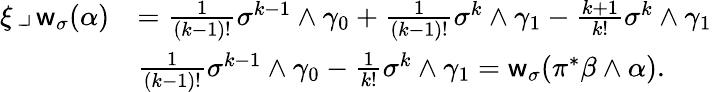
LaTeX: \begin{array}{rl}{\xi\operatorname{\lrcorner}\mathsf{w}_{\sigma}(\alpha)}&{=\frac{1}{(k-1)!}\sigma^{k-1}\wedge\gamma_{0}+\frac{1}{(k-1)!}\sigma^{k}\wedge\gamma_{1}-\frac{k+1}{k!}\sigma^{k}\wedge\gamma_{1}}\\ &{\frac{1}{(k-1)!}\sigma^{k-1}\wedge\gamma_{0}-\frac{1}{k!}\sigma^{k}\wedge\gamma_{1}=\mathsf{w}_{\sigma}(\pi^{\ast}\beta\wedge\alpha).}\end{array}